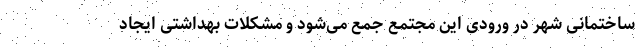
ساختمانی شهر در ورودی این مجتمع جمع می‌شود و مشکلات بهداشتی ایجاد